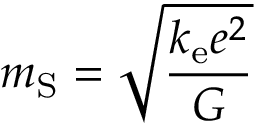
m _ { \mathrm { S } } = { \sqrt { \frac { k _ { \mathrm { e } } e ^ { 2 } } { G } } }